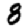
Digit: 8